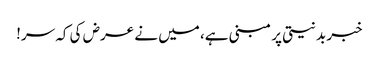
خبر بدنیتی پر مبنی ہے، میں نے عرض کی کہ سر!